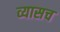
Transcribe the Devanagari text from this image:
व्यासच